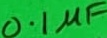
Text: 0.1µF